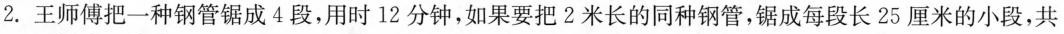
2.王师傅把一种钢管锯成4段，用时12分钟，如果要把2米长的同种钢管，锯成每段长25厘米的小段，共